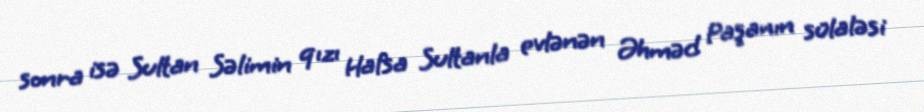
sonra isə Sultan Səlimin qızı Hafsa Sultanla evlənən Əhməd Paşanın sülaləsi